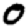
Digit: 0